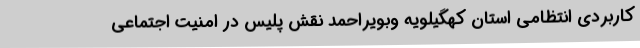
کاربردی انتظامی استان کهگیلویه وبویراحمد نقش پلیس در امنیت اجتماعی